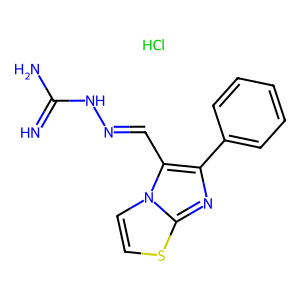
SMILES: Cl.N=C(N)NN=Cc1c(-c2ccccc2)nc2sccn12
Inhibits HIV replication: No